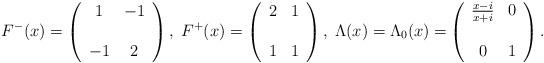
LaTeX: \begin{align*}F^{-}(x) =\left(\begin{array}{cc}1 & - 1 \\& \\- 1 & 2\end{array}\right),\; F^{+}(x) =\left(\begin{array}{cc}2 & 1 \\& \\ 1 & 1\end{array}\right),\; \Lambda(x) = {\Lambda_{0}(x) =}\left(\begin{array}{cc}\frac{x - i}{x + i} & 0 \\& \\0 & 1\end{array}\right).\end{align*}